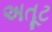
અતૂટ